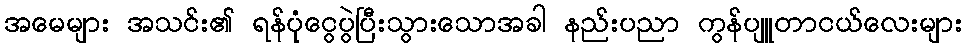
အမေများ အသင်း၏ ရန်ပုံငွေပွဲပြီးသွားသောအခါ နည်းပညာ ကွန်ပျူတာငယ်လေးများ